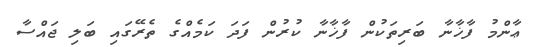
ޢާންމު ފާޚާނާ ބަރިތަކުން ފާޚާނާ ކުރުން ފަދަ ކަމެއްގެ ތެރޭގައި ބަލި ޖައްސާ